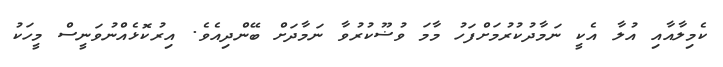
ކެމިލާއާއި އުލާ އެކީ ނަމާދުކުރުމަށްފަހު މާމަ ވުޟޫކުރުވާ ނަމާދަށް ބޭންދިއެވެ. އިރުކޮޅެއްނުވަނީސް މީހަކު